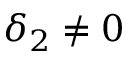
\delta _ { 2 } \ne 0